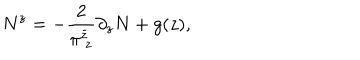
N ^ { z } = - \frac { 2 } { \pi _ { ~ z } ^ { \bar { z } } } \partial _ { z } N + g ( z ) ,